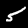
Digit: 5